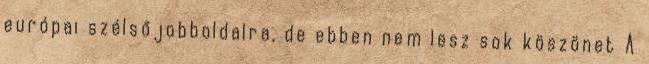
európai szélsőjobboldalra, de ebben nem lesz sok köszönet A